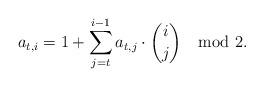
LaTeX: \begin{align*}a_{t,i} = 1 + \sum_{j=t}^{i-1}a_{t,j}\cdot \binom{i}{j} \mod 2.\end{align*}